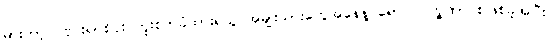
မားဘာ့ဂ် ဗိုင်းရပ်စ်ပိုး ကူးစက်ခံထားရသူ အမျိုးသားတွေအနေနဲ့ ရောဂါလက္ခဏာ စဖြစ်ခဲ့အပြီး